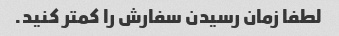
لطفا زمان رسیدن سفارش را کمتر کنید.